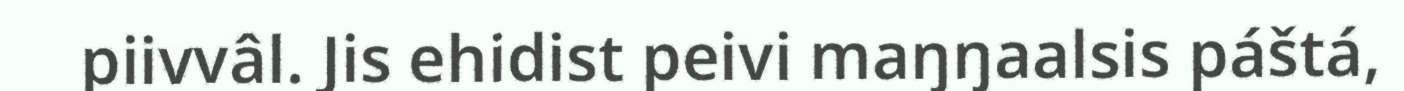
piivvâl. Jis ehidist peivi maŋŋaalsis páštá,